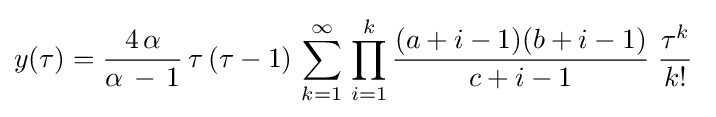
y(\tau )={\frac {4\,\alpha }{\alpha \,-\,1}}\,\tau \,(\tau -1)\,\sum _{k=1}^{\infty }\,\prod _{i=1}^{k}{\frac {(a+i-1)(b+i-1)}{c+i-1}}\;{\frac {\tau ^{k}}{k!}}\